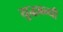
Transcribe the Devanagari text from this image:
युद्धबन्धी